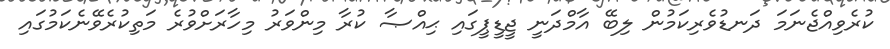
ކުރެވިއްޖެނަމަ ދަނޑުވެރިކަމުން ލިބޭ އާމްދަނީ ޖީޑީޕީގައި ޙިއްޞާ ކުރާ މިންވަރު މިހާރަށްވުރެ މަތިކުރެވޭނެކަމުގައި